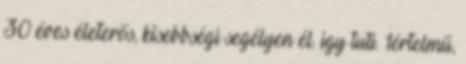
30 éves életerős, kisebbségi segélyen él. igy tuti. 1értelmű,